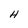
Character: H